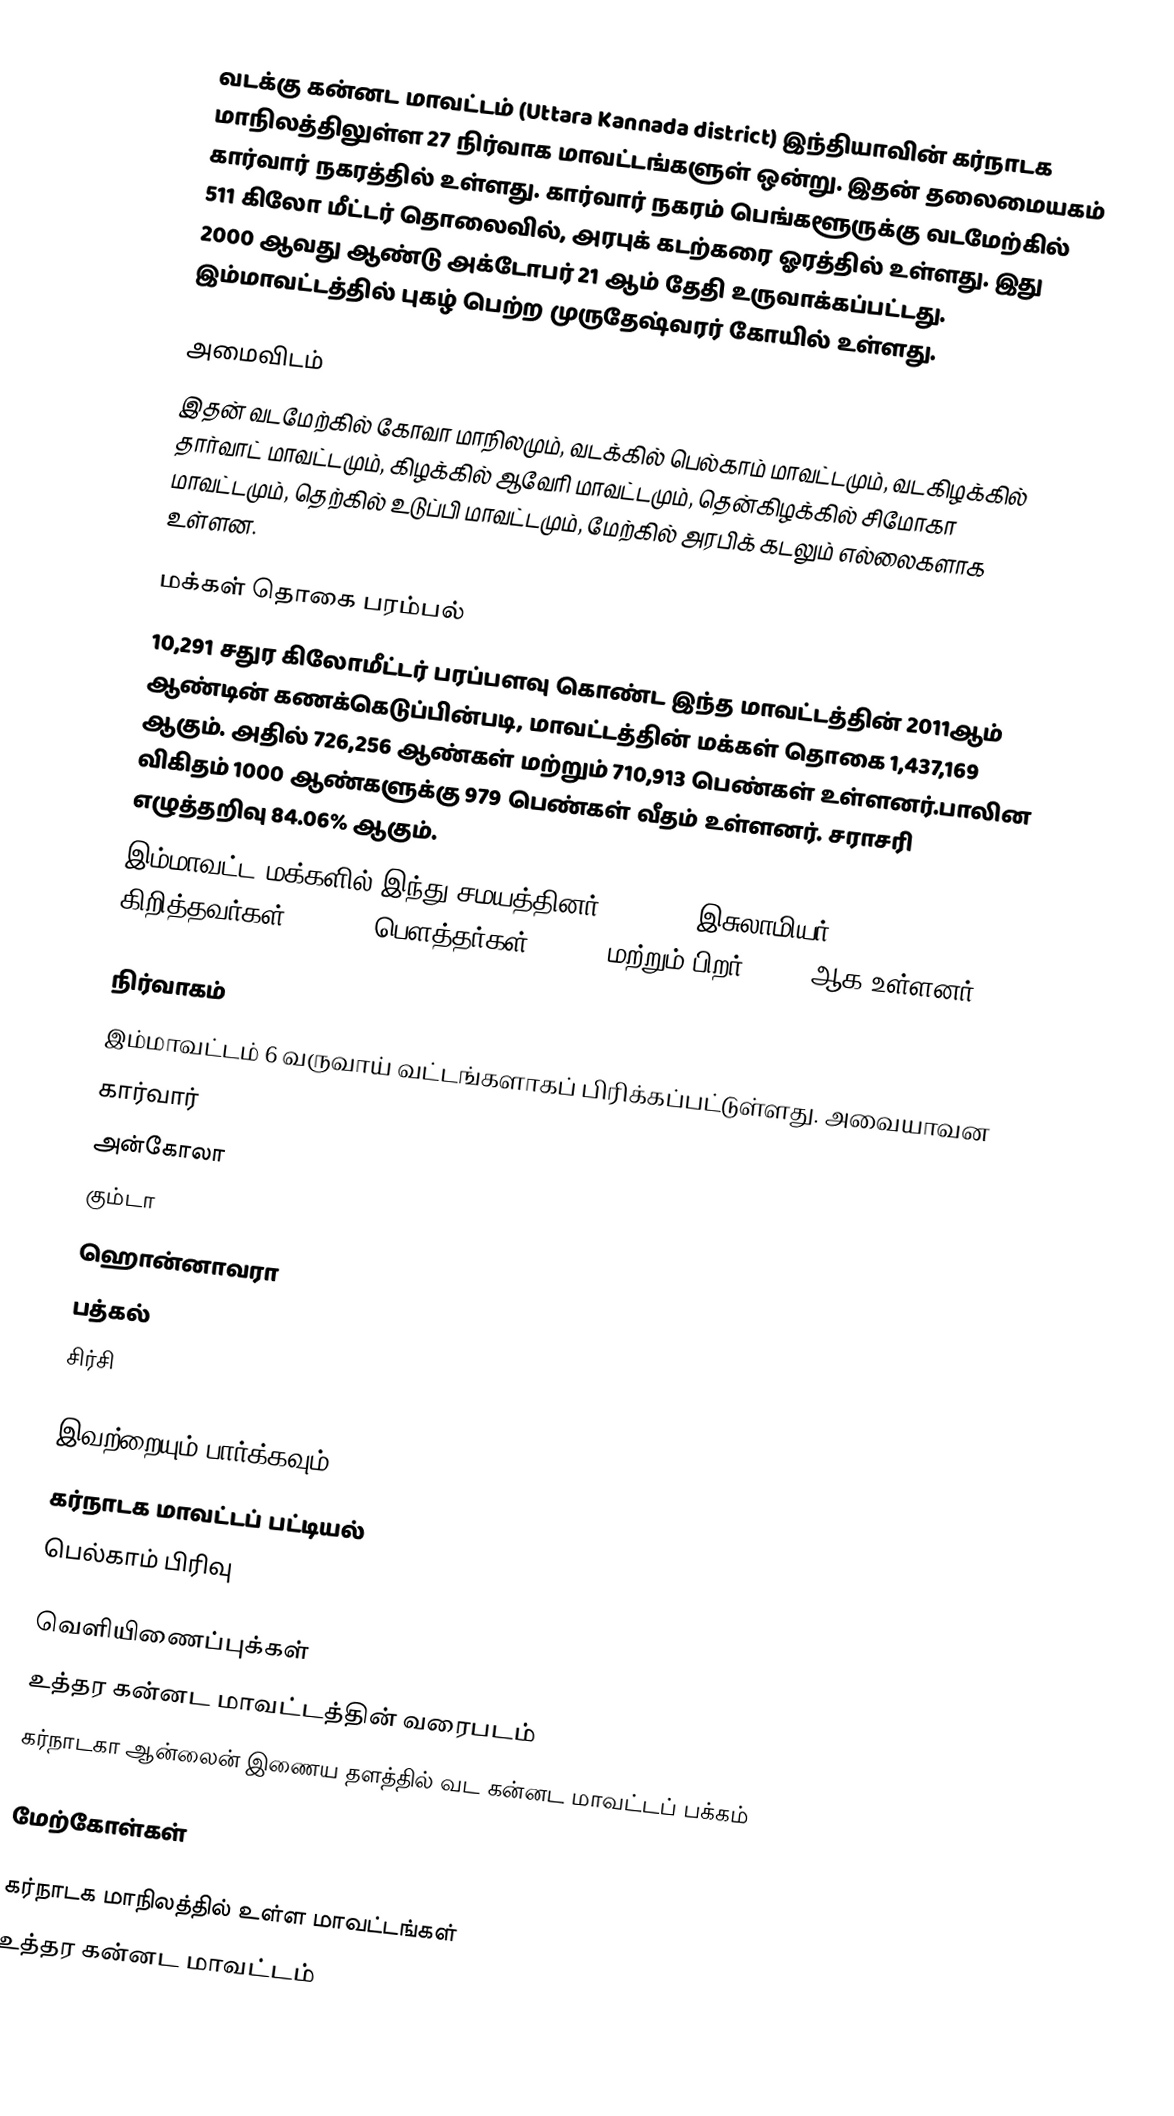
வடக்கு கன்னட மாவட்டம் (Uttara Kannada district) இந்தியாவின் கர்நாடக மாநிலத்திலுள்ள 27 நிர்வாக மாவட்டங்களுள் ஒன்று. இதன் தலைமையகம் கார்வார் நகரத்தில் உள்ளது. கார்வார் நகரம் பெங்களூருக்கு வடமேற்கில் 511 கிலோ மீட்டர் தொலைவில், அரபுக் கடற்கரை ஓரத்தில் உள்ளது. இது 2000 ஆவது ஆண்டு அக்டோபர் 21 ஆம் தேதி உருவாக்கப்பட்டது. இம்மாவட்டத்தில் புகழ் பெற்ற முருதேஷ்வரர் கோயில் உள்ளது.

அமைவிடம்
இதன் வடமேற்கில் கோவா மாநிலமும், வடக்கில் பெல்காம் மாவட்டமும், வடகிழக்கில் தார்வாட் மாவட்டமும், கிழக்கில் ஆவேரி மாவட்டமும், தென்கிழக்கில் சிமோகா மாவட்டமும், தெற்கில் உடுப்பி மாவட்டமும், மேற்கில் அரபிக் கடலும் எல்லைகளாக உள்ளன.

மக்கள் தொகை பரம்பல்
10,291 சதுர கிலோமீட்டர் பரப்பளவு கொண்ட இந்த மாவட்டத்தின் 2011ஆம் ஆண்டின் கணக்கெடுப்பின்படி,   மாவட்டத்தின் மக்கள் தொகை 1,437,169 ஆகும். அதில்  726,256 ஆண்கள் மற்றும் 710,913 பெண்கள் உள்ளனர்.பாலின விகிதம் 1000 ஆண்களுக்கு 979 பெண்கள் வீதம் உள்ளனர். சராசரி எழுத்தறிவு 84.06% ஆகும்.
இம்மாவட்ட மக்களில் இந்து சமயத்தினர் 82.61 %, இசுலாமியர் 	13.08 %, கிறித்தவர்கள் 3.10 %, பௌத்தர்கள் 0.89 % மற்றும் பிறர் 0.31% ஆக உள்ளனர்.

நிர்வாகம்
இம்மாவட்டம் 6 வருவாய் வட்டங்களாகப் பிரிக்கப்பட்டுள்ளது. அவையாவன
 கார்வார்
 அன்கோலா
 கும்டா
 ஹொன்னாவரா
 பத்கல்
 சிர்சி

இவற்றையும் பார்க்கவும்
 கர்நாடக மாவட்டப் பட்டியல்
 பெல்காம் பிரிவு

வெளியிணைப்புக்கள்
 உத்தர கன்னட மாவட்டத்தின் வரைபடம்
 கர்நாடகா ஆன்லைன் இணைய தளத்தில் வட கன்னட மாவட்டப் பக்கம்

மேற்கோள்கள்

கர்நாடக மாநிலத்தில் உள்ள மாவட்டங்கள்
உத்தர கன்னட மாவட்டம்